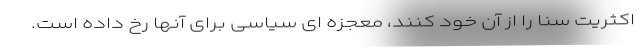
اکثریت سنا را از آن خود کنند، معجزه ای سیاسی برای آنها رخ داده است.